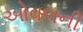
ઓવલની